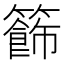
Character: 籂